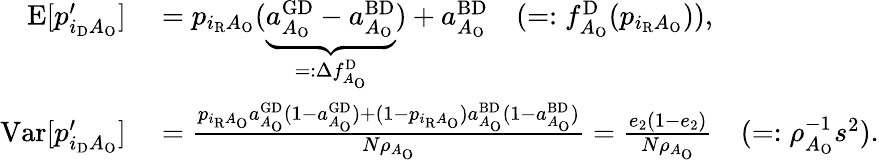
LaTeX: \begin{array}{rl}{\textrm{E}[p_{i_{\mathrm{D}}A_{\mathrm{O}}}^{\prime}]}&{{}=p_{i_{\mathrm{R}}A_{\mathrm{O}}}(\underbrace{a_{A_{\mathrm{O}}}^{\mathrm{GD}}-a_{A_{\mathrm{O}}}^{\mathrm{BD}}}_{=:\Delta f_{A_{\mathrm{O}}}^{\mathrm{D}}})+a_{A_{\mathrm{O}}}^{\mathrm{BD}}\quad(=:f_{A_{\mathrm{O}}}^{\mathrm{D}}(p_{i_{\mathrm{R}}A_{\mathrm{O}}})),}\\ {\textrm{Var}[p_{i_{\mathrm{D}}A_{\mathrm{O}}}^{\prime}]}&{{}=\frac{p_{i_{\mathrm{R}}A_{\mathrm{O}}}a_{A_{\mathrm{O}}}^{\mathrm{GD}}(1-a_{A_{\mathrm{O}}}^{\mathrm{GD}})+(1-p_{i_{\mathrm{R}}A_{\mathrm{O}}})a_{A_{\mathrm{O}}}^{\mathrm{BD}}(1-a_{A_{\mathrm{O}}}^{\mathrm{BD}})}{N\rho_{A_{\mathrm{O}}}}=\frac{e_{2}(1-e_{2})}{N\rho_{A_{\mathrm{O}}}}\quad(=:\rho_{A_{\mathrm{O}}}^{-1}s^{2}).}\end{array}